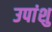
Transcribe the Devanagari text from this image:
उपांशु